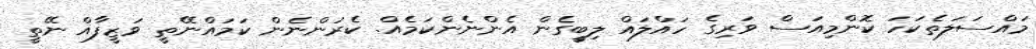
މައްސަލަތެކަހަ ކޮންމިއަސް ވަރިގެ ހައްލައް ލިބީގެން އެންނެންކަމެއް. ކެރަންނެން ކަމައްނޭތީ ވަޒީފާއް ނޭތީ